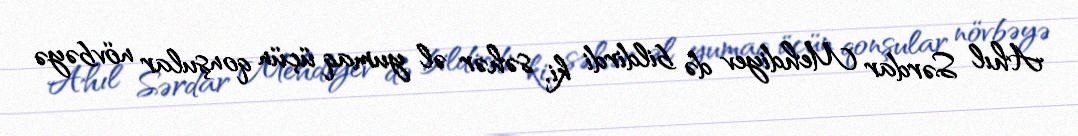
Ahıl Sərdar Mehdiyev də bildirdi ki, səhər əl yumaq üçün qonşular növbəyə